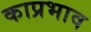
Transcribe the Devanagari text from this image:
काप्रभाव